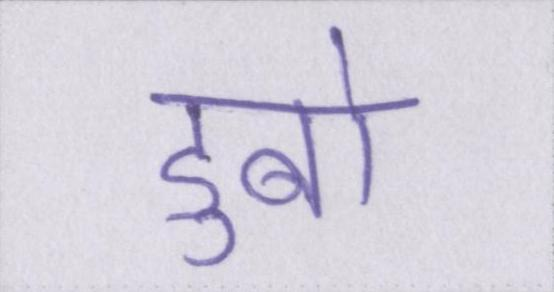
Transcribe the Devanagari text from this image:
डुबो